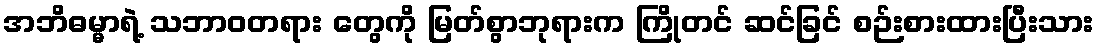
အဘိဓမ္မာရဲ့ သဘာဝတရား တွေကို မြတ်စွာဘုရားက ကြိုတင် ဆင်ခြင် စဉ်းစားထားပြီးသား